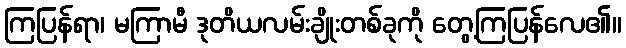
ကြပြန်ရာ၊ မကြာမီ ဒုတိယလမ်းချိုးတစ်ခုကို တွေ့ကြပြန်လေ၏။